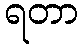
ရတာ